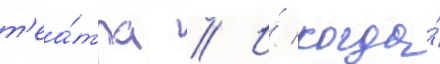
т'еа́тра // И́ когда́